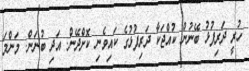
ހުރީ ދަރިފުޅު ބޭނުން ކުއްޖަކާ ދަރިފުޅުގެ ކައިވެނި ކޮށްދޭން. އަދި ބުނަން. މަންމަ